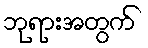
ဘုရားအတွက်